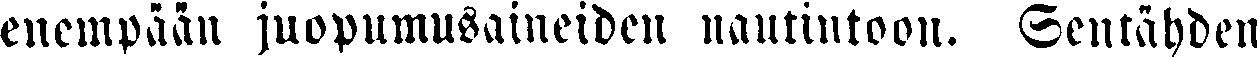
enempään juopumusaineiden nautiutoon. Sentähden